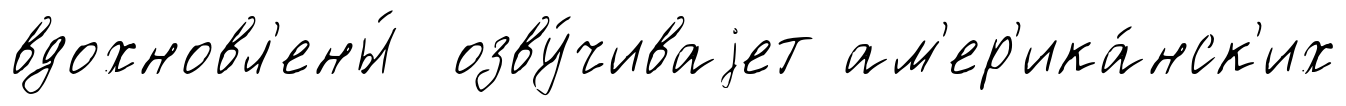
вдохновл'ены́ озву́чиваjет ам'ер'ика́нск'их